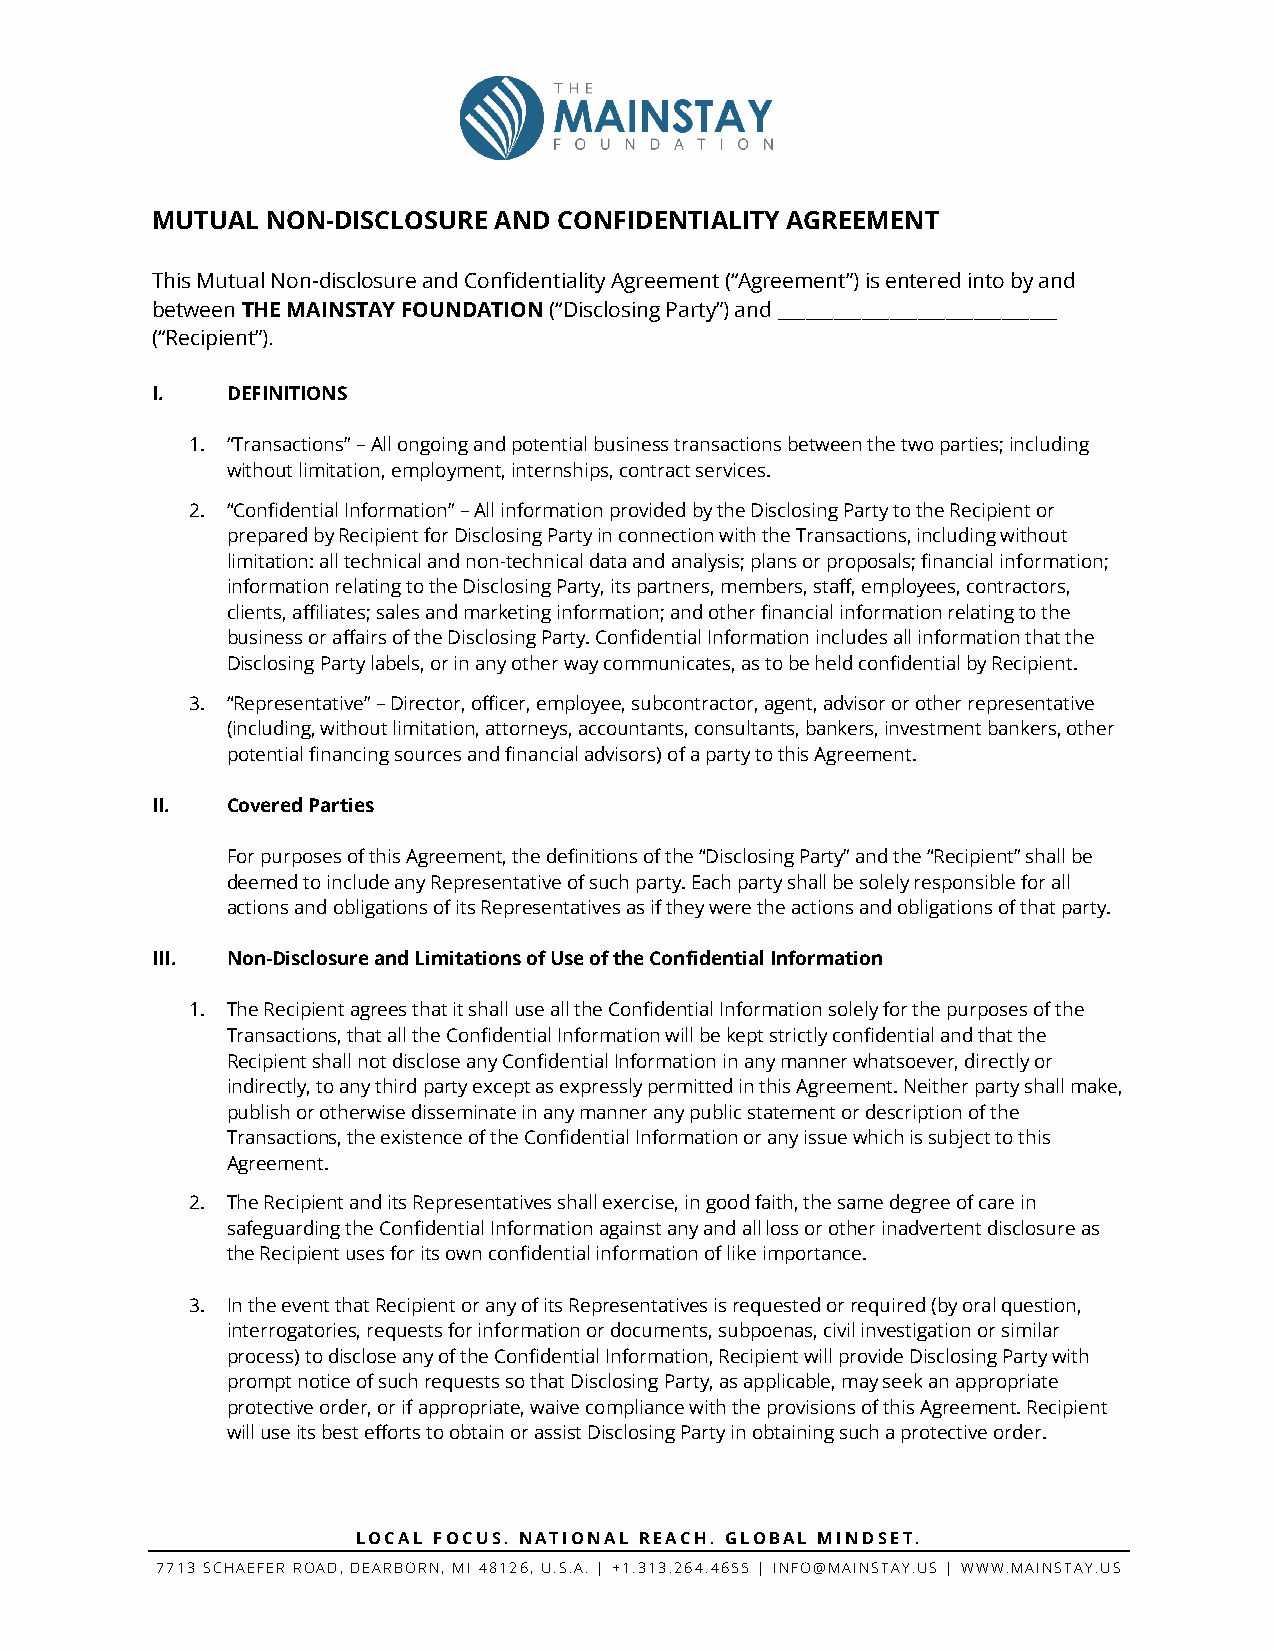
MUTUAL  NON-DISCLOSURE AND CONFIDENTIALITY AGREEMENT
 This Mutual Non-disclosure and Confidentiality Agreement (“Agreement”) is entered into by and
 between THE MAINSTAY FOUNDATION (“Disclosing Party”) and ______________________________
 (“Recipient”).
 I.   DEFINITIONS
 1. “Transactions” – All ongoing and potential business transactions between the two parties; including
 without limitation, employment, internships, contract services.
 2. “Confidential Information” – All information provided by the Disclosing Party to the Recipient or
 prepared by Recipient for Disclosing Party in connection with the Transactions, including without
 limitation: all technical and non-technical data and analysis; plans or proposals; financial information;
 information relating to the Disclosing Party, its partners, members, staff, employees, contractors,
 clients, affiliates; sales and marketing information; and other financial information relating to the
 business or affairs of the Disclosing Party. Confidential Information includes all information that the
 Disclosing Party labels, or in any other way communicates, as to be held confidential by Recipient.
 3. “Representative” – Director, officer, employee, subcontractor, agent, advisor or other representative
 (including, without limitation, attorneys, accountants, consultants, bankers, investment bankers, other
 potential financing sources and financial advisors) of a party to this Agreement.
 II.  Covered Parties
 For purposes of this Agreement, the definitions of the “Disclosing Party” and the “Recipient” shall be
 deemed to include any Representative of such party. Each party shall be solely responsible for all
 actions and obligations of its Representatives as if they were the actions and obligations of that party.
 III. Non-Disclosure and Limitations of Use of the Confidential Information
 1. The Recipient agrees that it shall use all the Confidential Information solely for the purposes of the
 Transactions, that all the Confidential Information will be kept strictly confidential and that the
 Recipient shall not disclose any Confidential Information in any manner whatsoever, directly or
 indirectly, to any third party except as expressly permitted in this Agreement. Neither party shall make,
 publish or otherwise disseminate in any manner any public statement or description of the
 Transactions, the existence of the Confidential Information or any issue which is subject to this
 Agreement.
 2. The Recipient and its Representatives shall exercise, in good faith, the same degree of care in
 safeguarding the Confidential Information against any and all loss or other inadvertent disclosure as
 the Recipient uses for its own confidential information of like importance.
 3. In the event that Recipient or any of its Representatives is requested or required (by oral question,
 interrogatories, requests for information or documents, subpoenas, civil investigation or similar
 process) to disclose any of the Confidential Information, Recipient will provide Disclosing Party with
 prompt notice of such requests so that Disclosing Party, as applicable, may seek an appropriate
 protective order, or if appropriate, waive compliance with the provisions of this Agreement. Recipient
 will use its best efforts to obtain or assist Disclosing Party in obtaining such a protective order.
 LOCAL FOCUS. NATIONAL REACH. GLOBAL MINDSET.
 7713 SCHAEFER ROAD, DEARBORN, MI 48126, U.S.A. | +1.313.264.4655 | INFO@MAINSTAY.US | WWW.MAINSTAY.US